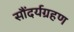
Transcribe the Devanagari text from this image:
सौंदर्यग्रहण